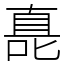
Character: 嗭